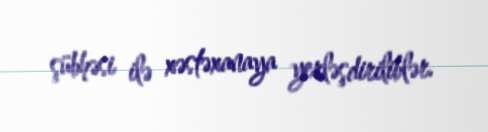
şübhəsi ilə xəstəxanaya yerləşdiriliblər.